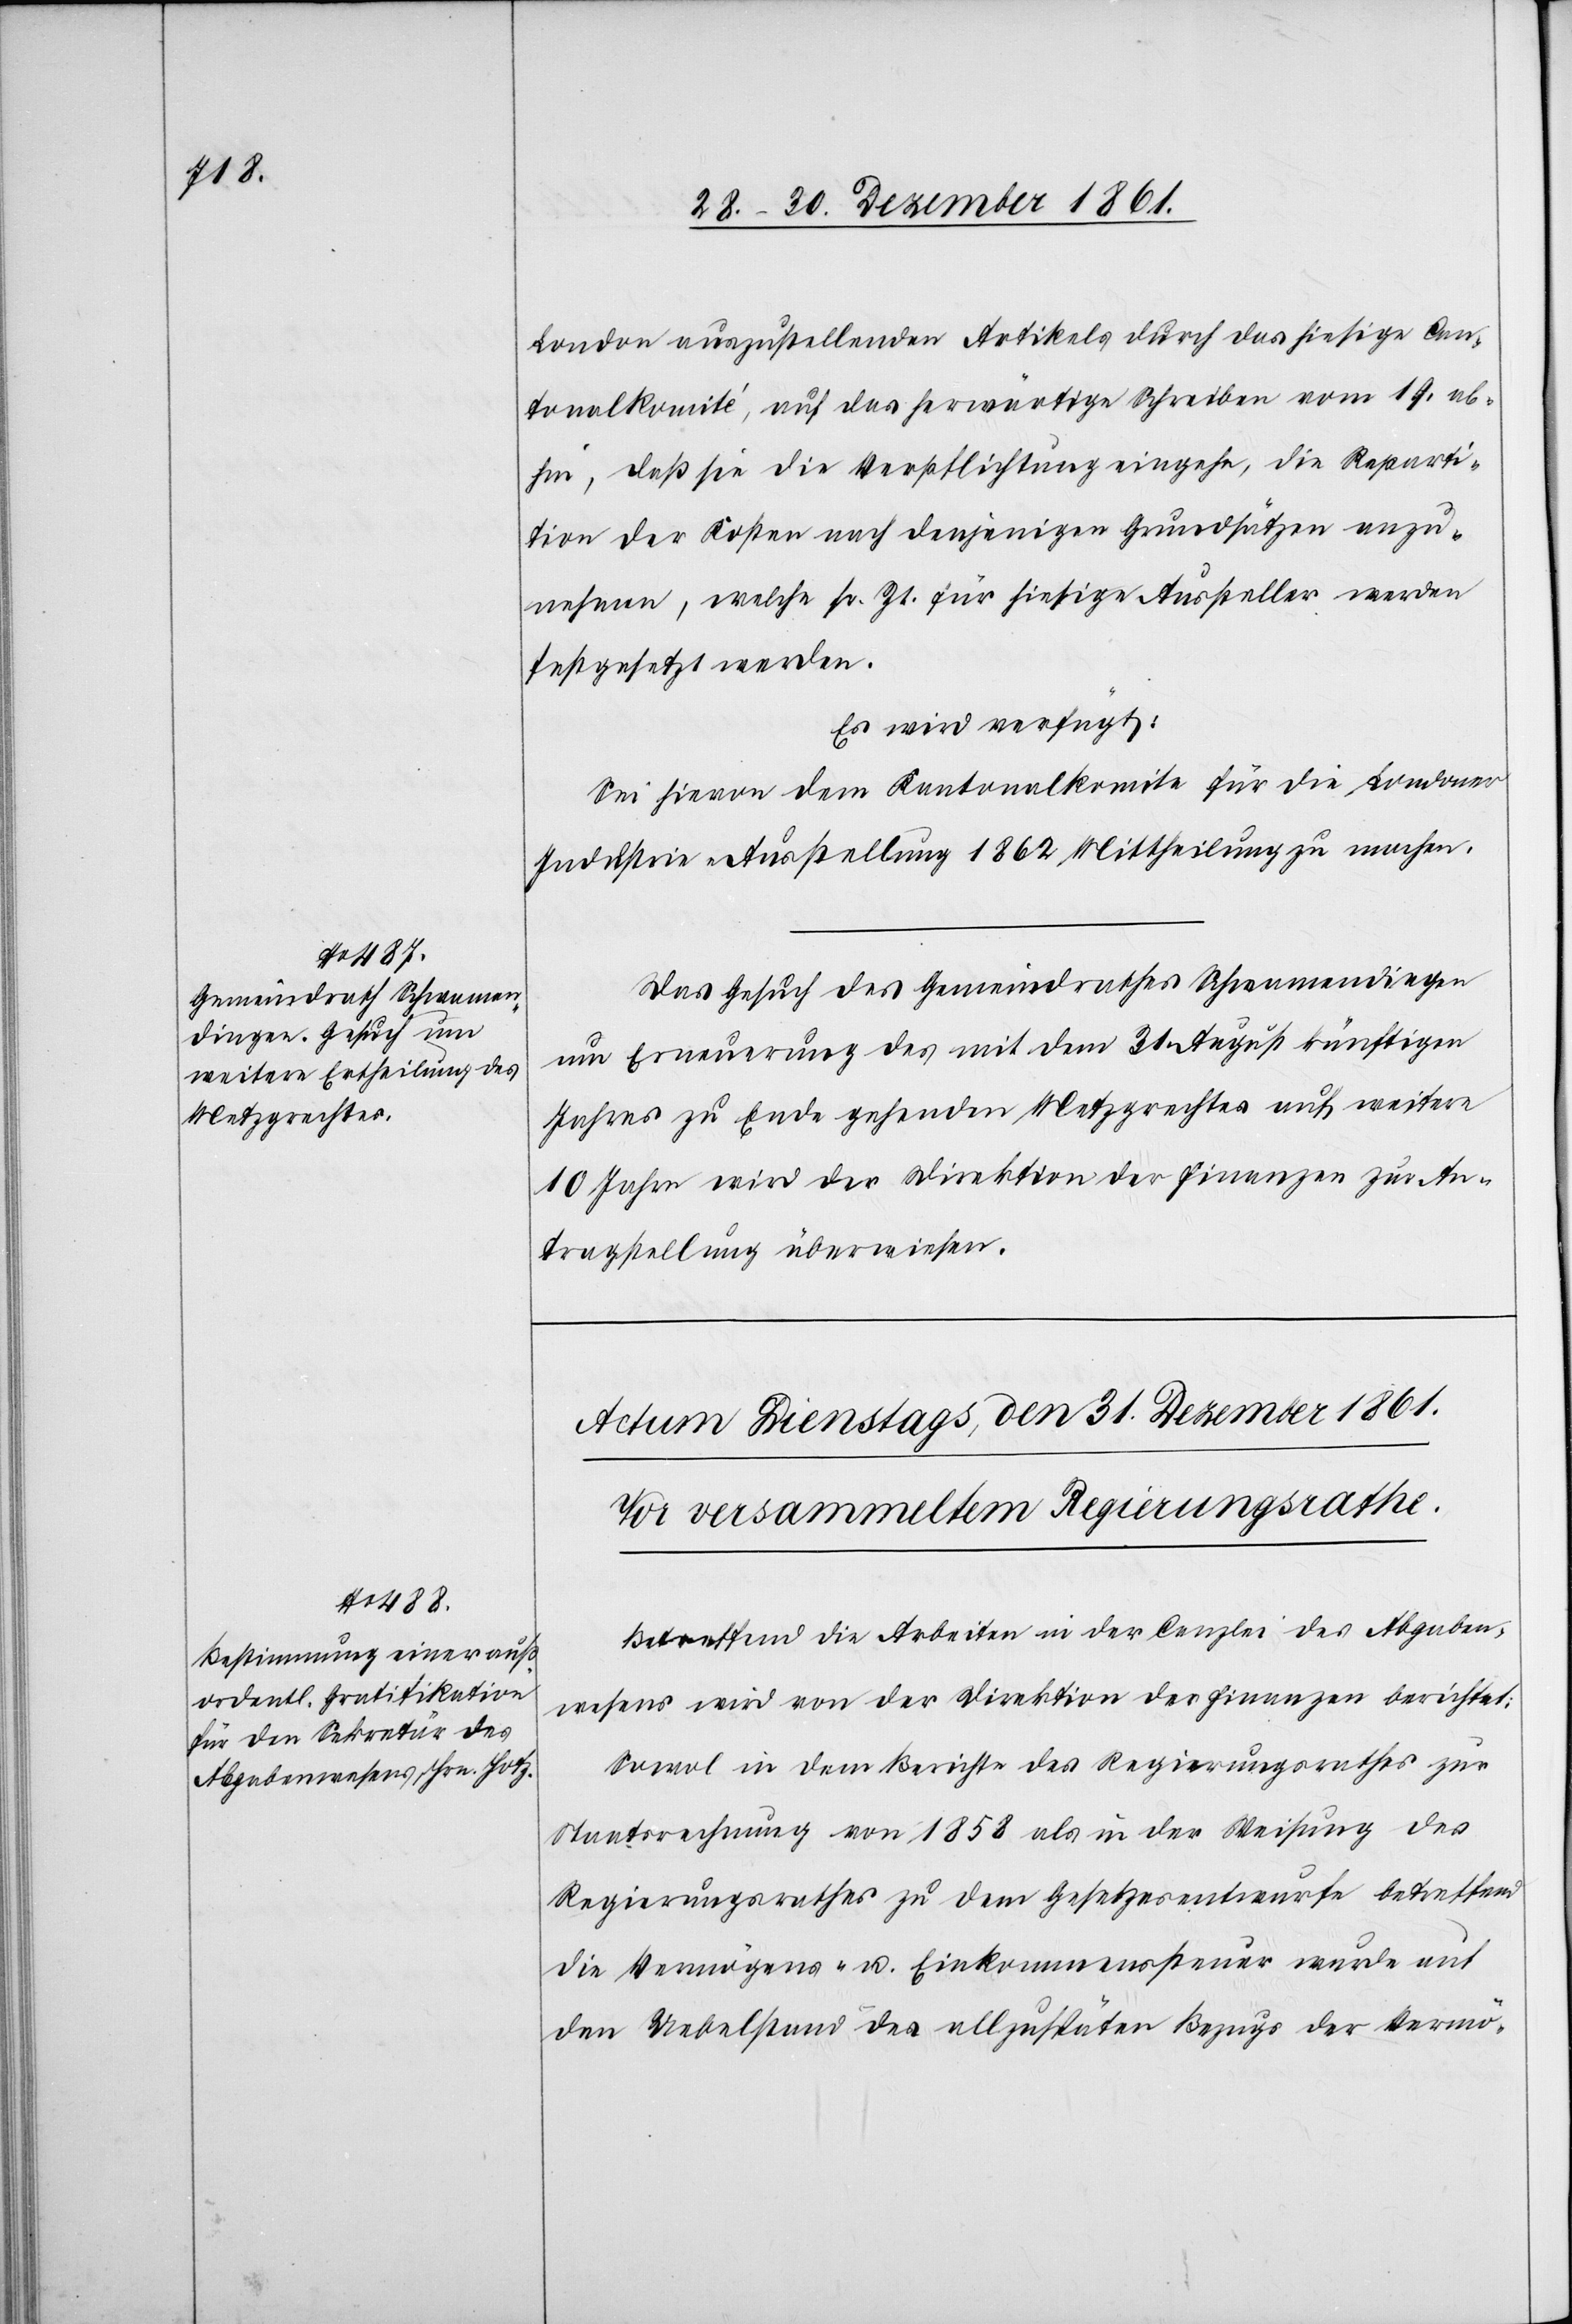
London auszustellenden Artikels durch das hiesige Cen¬
tralkomité, auf das herwärtige Schreiben vom 19 ab¬
hin, daß sie die Verpflichtung eingehe, die Reparti¬
tion der Kosten nach denjenigen Grundsätzen anzu¬
nehmen, welche sr. Zt. für hiesige Aussteller werden
festgesetzt werden.
Es wird verfügt:
Sei hievon dem Kantonalkomite für die Londoner
Industrieausstellung 1862 Mittheilung zu machen.
Das Gesuch des Gemeindrathes Schwamendingen
um Erneuerung des mit dem 31 August künftigen
Jahres zu Ende gehenden Metzgrechtes auf weitere
10 Jahre wird der Direktion der Finanzen zur An¬
tragstellung überwiesen.
Betreffend die Arbeiten in der Canzlei des Abgaben¬
wesens wird von der Direktion der Finanzen berichtet:
Sowol in dem Berichte des Regierungsrathes zur
Staatsrechnung von 1858 als in der Weisung des
Regierungsrathes zu dem Gesetzesentwurfe betreffend
die Vermögens- u. Einkommenssteuer wurde auf
den Uebelstand des allzuspäten Bezugs der Vermö-